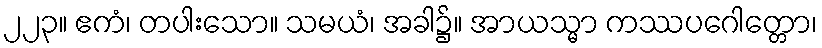
၂၂၃။ ဧကံ၊ တပါးသော။ သမယံ၊ အခါ၌။ အာယသ္မာ ကဿပဂေါတ္တော၊